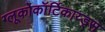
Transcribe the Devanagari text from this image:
ग्लूकोकॉर्टिकाय्ड्स